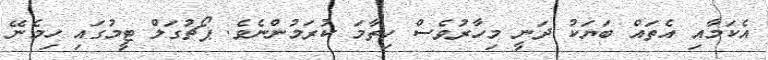
އެކަމާއި އެތައް ބަޔަކު ދަނީ މިހާރުވެސް ހިތާމަ ކުރަމުންނެވެ. ޕޯޗުގަލް ޓީމުގައި ހިމެނޭ